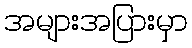
အများအပြားမှာ